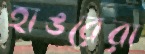
হাঙরেরা